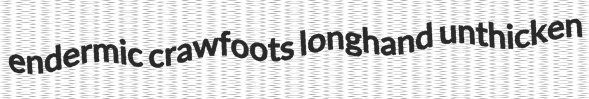
endermic crawfoots longhand unthicken